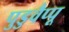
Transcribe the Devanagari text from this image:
पुडुवैप्पू